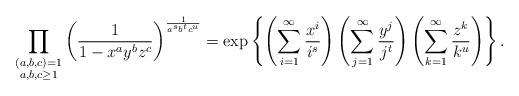
LaTeX: \begin{align*} \prod_{\substack{ (a,b,c)=1 \\ a,b,c \geq 1}} \left( \frac{1}{1-x^a y^b z^c} \right)^{\frac{1}{a^s b^t c^u}} = \exp\left\{ \left( \sum_{i=1}^{\infty} \frac{x^i}{i^s}\right) \left( \sum_{j=1}^{\infty} \frac{y^j}{j^t}\right) \left( \sum_{k=1}^{\infty} \frac{z^k}{k^u}\right)\right\}. \end{align*}